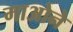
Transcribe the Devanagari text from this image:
माओने